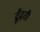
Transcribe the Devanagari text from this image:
ढूँढ़ती